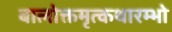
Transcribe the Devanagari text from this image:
बालोक्तमृत्कथारम्भो